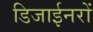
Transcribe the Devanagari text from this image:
डिजाईनरों